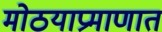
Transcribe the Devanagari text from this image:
मोठयाप्रमाणात